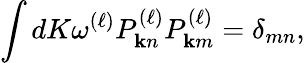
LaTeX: \int dK\omega^{(\ell)}P_{\mathbf{k}n}^{(\ell)}P_{\mathbf{k}m}^{(\ell)}=\delta_{mn},